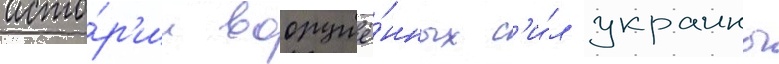
исто́р'ии вооружё́нных с'и́л украины